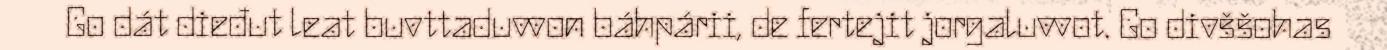
Go dát dieđut leat buvttaduvvon báhpárii, de fertejit jorgaluvvot. Go divššohas